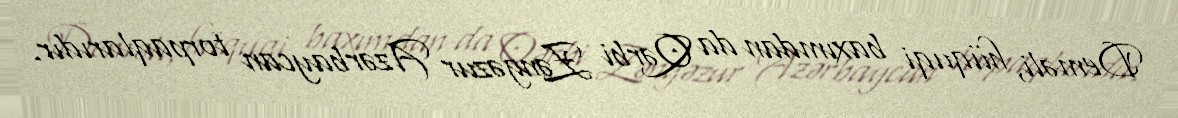
Deməli, hüquqi baxımdan da Qərbi Zəngəzur Azərbaycan torpaqlarıdır.